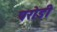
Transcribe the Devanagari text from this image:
परोडी